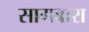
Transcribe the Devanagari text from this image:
सागबारा